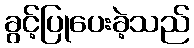
ခွင့်ပြုပေးခဲ့သည်